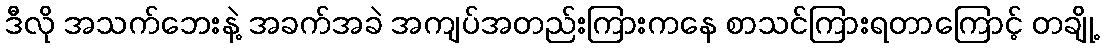
ဒီလို အသက်ဘေးနဲ့ အခက်အခဲ အကျပ်အတည်းကြားကနေ စာသင်ကြားရတာကြောင့် တချို့